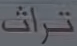
تراث